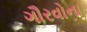
ગૌરવોના